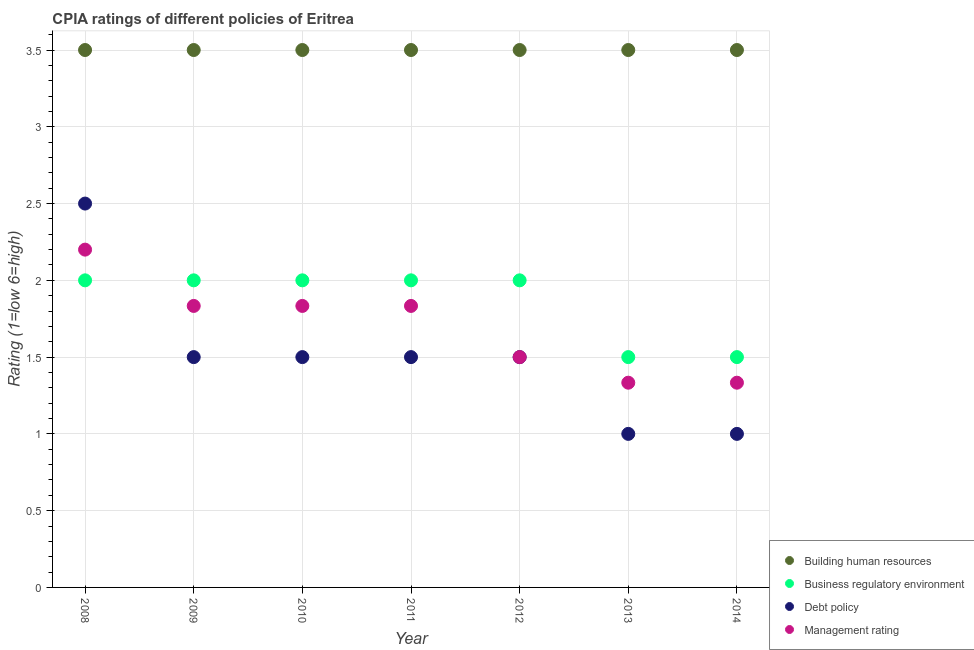
| Year | Building human resources | Business regulatory environment | Debt policy | Management rating |
 | --- | --- | --- | --- | --- |
 | 2008 | 3.5 | 2 | 2.5 | 2.2 |
 | 2009 | 3.5 | 2 | 1.5 | 1.83 |
 | 2010 | 3.5 | 2 | 1.5 | 1.83 |
 | 2011 | 3.5 | 2 | 1.5 | 1.83 |
 | 2012 | 3.5 | 2 | 1.5 | 1.5 |
 | 2013 | 3.5 | 1.5 | 1 | 1.33 |
 | 2014 | 3.5 | 1.5 | 1 | 1.33 |